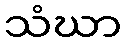
သံဃာ